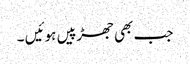
جب بھی جھڑپیں ہوئیں ۔